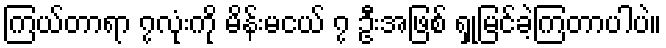
ကြယ်တာရာ ၇လုံးကို မိန်းမငယ် ၇ ဦးအဖြစ် ရှုမြင်ခဲ့ကြတာပါပဲ။